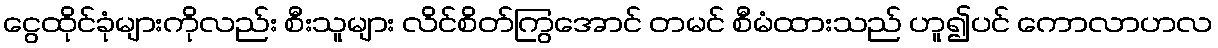
ငွေထိုင်ခုံများကိုလည်း စီးသူများ လိင်စိတ်ကြွအောင် တမင် စီမံထားသည် ဟူ၍ပင် ကောလာဟလ